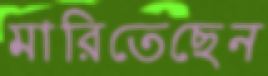
মারিতেছেন